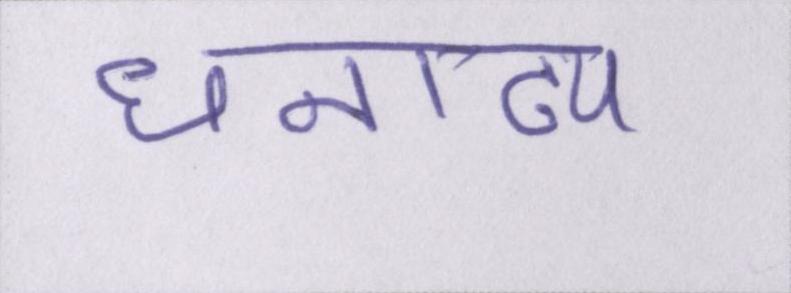
धनाढ्य